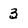
Character: 3